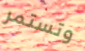
وتستمر